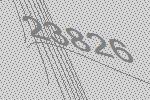
23826